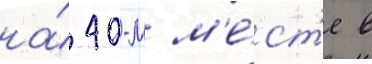
на́ 40-м м'е́ст'е в